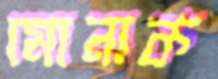
মোনাক